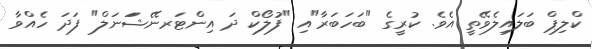
ކްލިޕް ބަލައިލެވޭތީ އެވެ. ކުރީގެ "ބަަހަބަރާ"އި "ފުލޯކް ދަ އިންޓަރނޭޝަަނަލް" ފަދަ ހެއްވާ